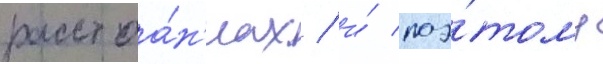
расстоа́н'иах / и́ поэ́тому